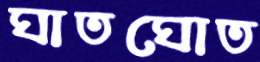
ঘাতঘোত